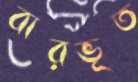
বারভূত